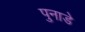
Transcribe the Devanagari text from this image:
पुनाडे